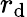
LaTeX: r_{\mathrm{d}}